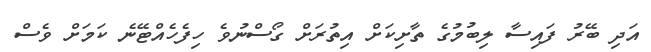
އަދި ބޭރު ފައިސާ ލިބުމުގެ ތާށިކަށް އިތުރަށް ގޯސްނުވެ ހިފެހެއްޓޭނެ ކަމަށް ވެސް